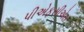
પીએફસીએસ